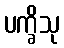
ပက္ခိသု